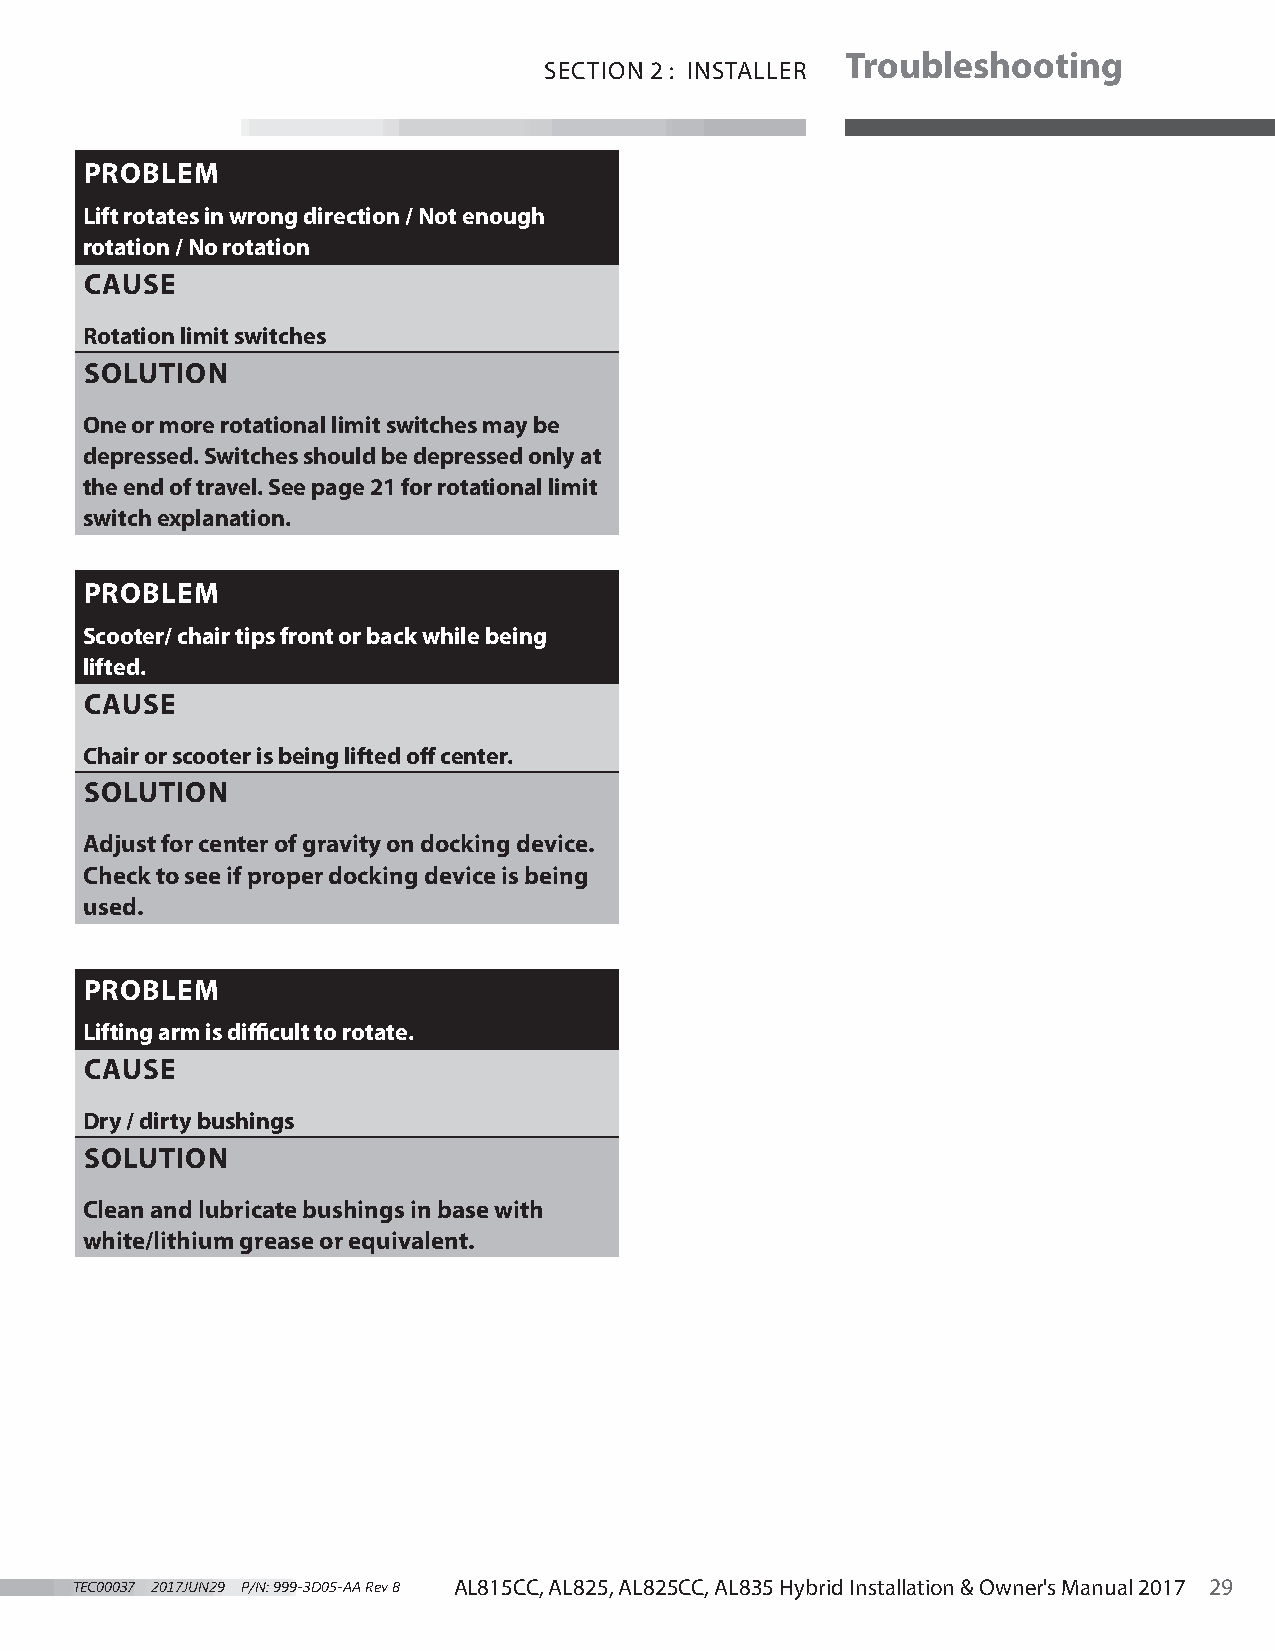
Troubleshooting
 SECTION 2 : INSTALLER
 PROBLEM
 Lift rotates in wrong direction / Not enough
 rotation / No rotation
 CAUSE
 Rotation limit switches
 SOLUTION
 One or more rotational limit switches may be
 depressed. Switches should be depressed only at
 the end of travel. See page 21 for rotational limit
 switch explanation.
 PROBLEM
 Scooter/ chair tips front or back while being
 lifted.
 CAUSE
 Chair or scooter is being lifted off center.
 SOLUTION
 Adjust for center of gravity on docking device.
 Check to see if proper docking device is being
 used.
 PROBLEM
 Lifting arm is difficult to rotate.
 CAUSE
 Dry / dirty bushings
 SOLUTION
 Clean and lubricate bushings in base with
 white/lithium grease or equivalent.
 TEC00037 2017JUN29 P/N: 999-3D05-AA Rev B AL815CC, AL825, AL825CC, AL835 Hybrid Installation & Owner's Manual 2017 29